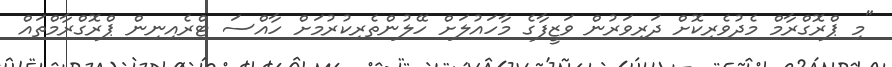
"މި ޕްރޮގްރާމް މެދުވެރިކޮށް ދަރިވަރުން ވަޒީފާގެ މާހައުލަށް ހޭލުންތެރިކުރުމަށް ހާއްސަ ޓްރެއިނިން ޕްރޮގްރާމްތައް